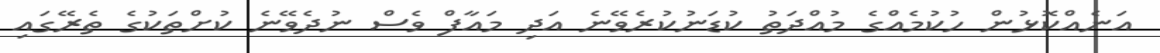
އަނެއްކޮޅުން ހުކުމެއްގެ މުއްދަތު ކުޑަނުކުރެވޭނެ އަދި މައާފް ވެސް ނުދެވޭނެ ކުށްތަކުގެ ތެރޭގައި